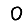
Digit: 0